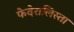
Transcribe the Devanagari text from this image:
फेदेरालिस्ता